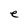
Character: e